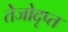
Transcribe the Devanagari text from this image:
तेजोदृप्त